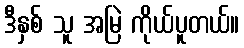
ဒီနှစ် သူ အမြဲ ကိုယ်ပူတယ်။